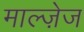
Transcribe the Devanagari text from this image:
माल्ज़ेज